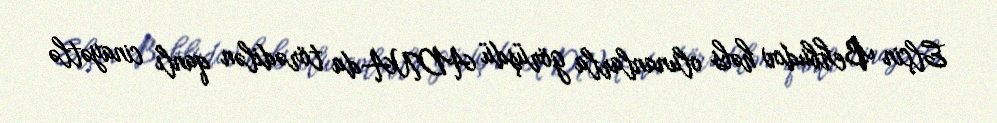
Elçin Behbudov həbs olunanlarla görüşdü ADNA-da törədilən qanlı cinayətlə